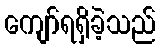
ကျော်ရရှိခဲ့သည်